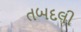
તબદલી